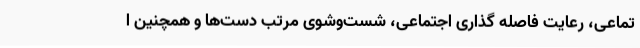
تماعی، رعایت فاصله گذاری اجتماعی، شست‌وشوی مرتب دست‌ها و همچنین ا